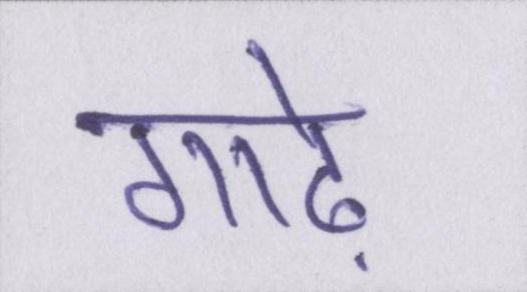
गाढ़े